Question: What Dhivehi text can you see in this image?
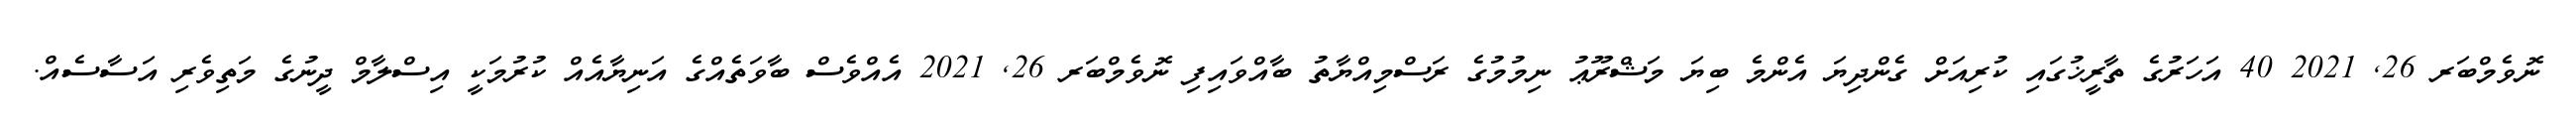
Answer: ނޮވެމްބަރ 26, 2021 40 އަހަރުގެ ތާރީޚުގައި ކުރިއަށް ގެންދިޔަ އެންމެ ބިޔަ މަޝްރޫޢު ނިމުމުގެ ރަސްމިއްޔާތު ބާއްވައިފި ނޮވެމްބަރ 26, 2021 އެއްވެސް ބާވަތެއްގެ އަނިޔާއެއް ކުރުމަކީ އިސްލާމް ދީނުގެ މަތިވެރި އަސާސެއް.